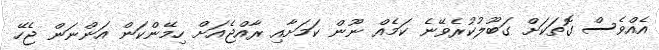
އެއްވެސް ގޮތަކަށް ގަބޫލުކުރެވޭނެ ކަމެއް ނޫން ކަމަށާއި ރާއްޖެއަށް ހިމޭންކަން އަންނަން ޖެހޭ